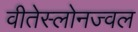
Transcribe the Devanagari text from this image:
वीतेस्लोनज्वल